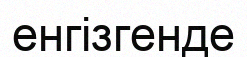
енгізгенде